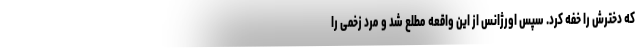
که دخترش را خفه کرد. سپس اورژانس از این واقعه مطلع شد و مرد زخمی را